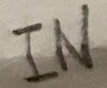
Text: IN